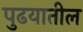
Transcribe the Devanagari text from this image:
पुढयातील